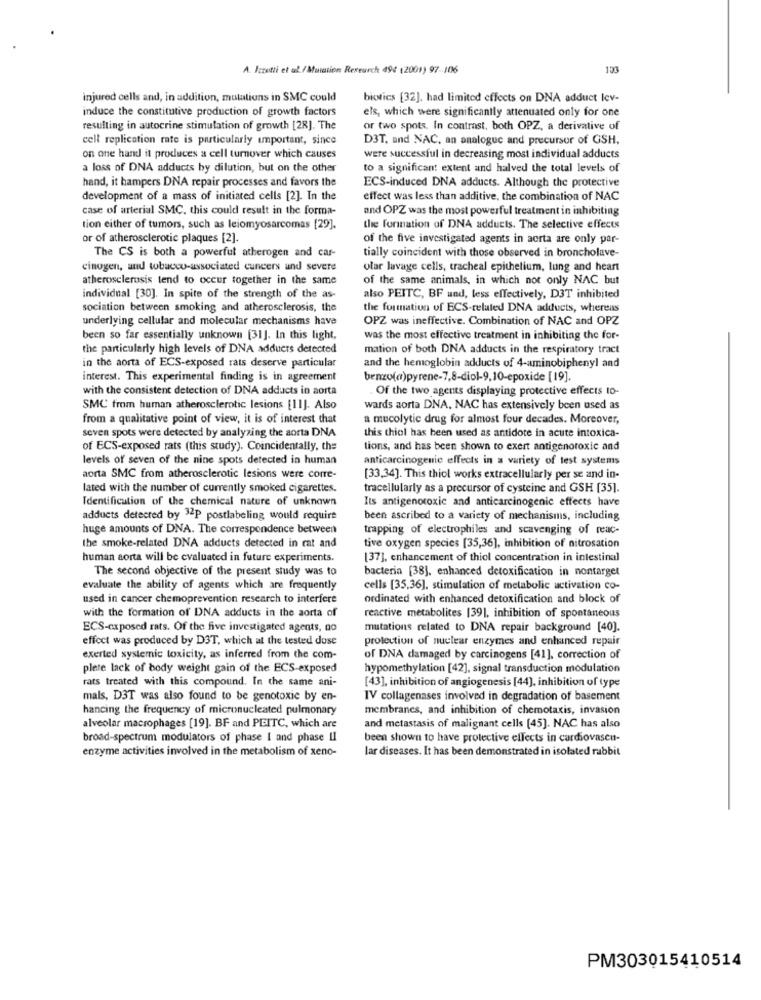
A. Izzutti et al. / Mutation Research 494 (2001) 97-106
153
injured cells and, in addition, mutations in SMC could
biotics [32]. had limited effects on DNA adduct lev-
induce the constitutive production of growth factors
els, which were significantly attenuated only for one
resulting in autocrine stimulation of growth [28]. The
or two spots. In contrast, both OPZ, a derivative of
cell replication rate is particularly important, since
D3T, and NAC, an analogue and precursor of GSH,
on one hand it produces a cell turnover which causes
were successful in decreasing most individual adducts
a loss of DNA adducts by dilution, but on the other
to a significant extent and halved the total levels of
hand, it hampers DNA repair processes and favors the
ECS-induced DNA adducts. Although the protective
development of a mass of initiated cells [2]. In the
effect was less than additive, the combination of NAC
case of arterial SMC. this could result in the forma-
and OPZ was the most powerful treatment in inhibiting
tion either of tumors, such as leiomyosarcomas [29].
the formation of DNA adducts. The selective effects
or of atherosclerotic plaques [2].
of the five investigated agents in aorta are only par-
The CS is both a powerful atherogen and car-
tially coincident with those observed in broncholave-
cinogen, and tobacco-associated cuncers und severe
olar lavage cells, tracheal epithelium, lung and heart
atherosclerosis tend to occur together in the same
of the same animals, in which not only NAC but
individual [30]. In spite of the strength of the as-
also PEITC, BF und, less effectively, D3T inhibited
sociation between smoking and atherosclerosis, the
the formation of ECS-related DNA adducts, whereas
underlying cellular and molecular mechanisms have
OPZ was ineffective. Combination of NAC and OPZ
been so far essentially unknown [31]. In this light,
was the most effective treatment in inhibiting the for-
the particularly high levels of DNA adduers detected
mation of both DNA adducts in the respiratory tract
in the aorta of ECS-exposed rats deserve particular
and the hemoglobin adducts of 4-aminobiphenyl and
interest. This experimental finding is in agreement
benzo(a)pyrene-7,8-diol-9,10-epoxide [19].
with the consistent detection of DNA adducts in aorta
Of the two agents displaying protective effects to-
SMC from human atherosclerotic lesions [11]. Also
wards aorta DNA, NAC has extensively been used as
from a qualitative point of view, it is of interest that
a mucolytic drug for almost four decades. Moreover,
seven spots were detected by analyzing the aorta DNA
this thiol has been used as antidote in acute intoxica-
of ECS-exposed rats (this study). Coincidentally, the
tions, and has been shown to exert antigenotoxic and
levels of seven of the nine spots detected in human
anticarcinogenic effects in a variety of test systems
aorta SMC from atherosclerotic lesions were corre-
[33,34]. This thiol works extracellularly per se and in-
lated with the number of currently smoked cigarettes.
tracellularly as a precursor of cysteine and GSH [35].
Identification of the chemical nature of unknown
Its antigenotoxic and anticarcinogenic effects have
adducts detected by 32P postlabeling would require
been ascribed to a variety of mechanisms, including
huge amounts of DNA. The correspondence between
trapping of electrophiles and scavenging of reac-
the smoke-related DNA adducts detected in mat and
tive oxygen species [35,36], inhibition of nitrosation
human aorta will be evaluated in future experiments.
[37], enhancement of thiol concentration in intestinal
The second objective of the present study was to
bacteria [38], enhanced detoxification in nontarget
evaluate the ability of agents which are frequently
cells [35,36], stimulation of metabolic activation co-
used in cancer chemoprevention research to interfere
ordinated with enhanced detoxification and block of
with the formation of DNA adducts in the aorta of
reactive metabolites [39), inhibition of spontaneous
ECS-exposed rats. Of the five investigated agents, no
mutations related to DNA repair background [40].
effect was produced by D3T, which at the tested dose
protection of nuclear enzymes and enhanced repair
exerted systemic toxicity, as inferred from the com-
of DNA damaged by carcinogens [41], correction of
plere lack of body weight gain of the ECS-exposed
hypomethylation [42], signal transduction modulation
rats treated with this compound. In the same ani-
[43], inhibition of angiogenesis [44], inhibition of type
mals, D3T was also found to be genotoxic by en-
IV collagenases involved in degradation of basement
hancing the frequency of micronucleated pulmonary
membranes, and inhibition of chemotaxis, invasion
alveolar macrophages [19]. BF and PEITC, which are
and metastasis of malignant cells [45]. NAC has also
broad-spectrum modulators of phase I and phase II
been shown to have protective effects in cardiovascu-
enzyme activities involved in the metabolism of xeno-
lar diseases. It has been demonstrated in isolated rabbit
PM303015410514